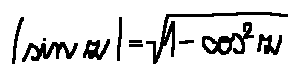
| \sin z | = \sqrt { 1 - \cos ^ { 2 } z }